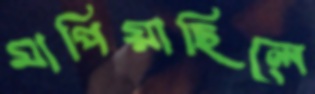
মাপিয়াছিলে